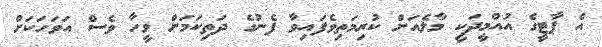
އެ ޕާޓީގެ އުއްމީދަކީ މާލެއަށް ކުރިމަތިވެފައިވާ ފެނުގެ ދަތިކަމަށް ވީހާ ވެސް އަވަހަކަށް